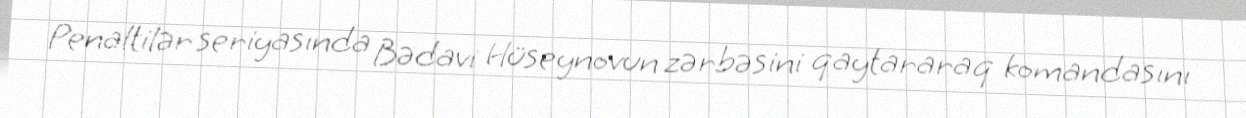
Penaltilər seriyasında Bədavi Hüseynovun zərbəsini qaytararaq komandasını